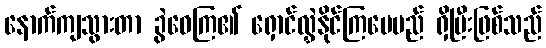
နောက်ကျသွားတာ ခွဲဝေကြ၏ ရှောင်လွှဲနိုင်ကြပေမည် ရှိပြီးဖြစ်သည်